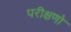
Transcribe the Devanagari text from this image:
परीक्षणो